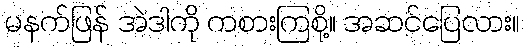
မနက်ဖြန် အဲဒါကို ကစားကြစို့။ အဆင်ပြေလား။